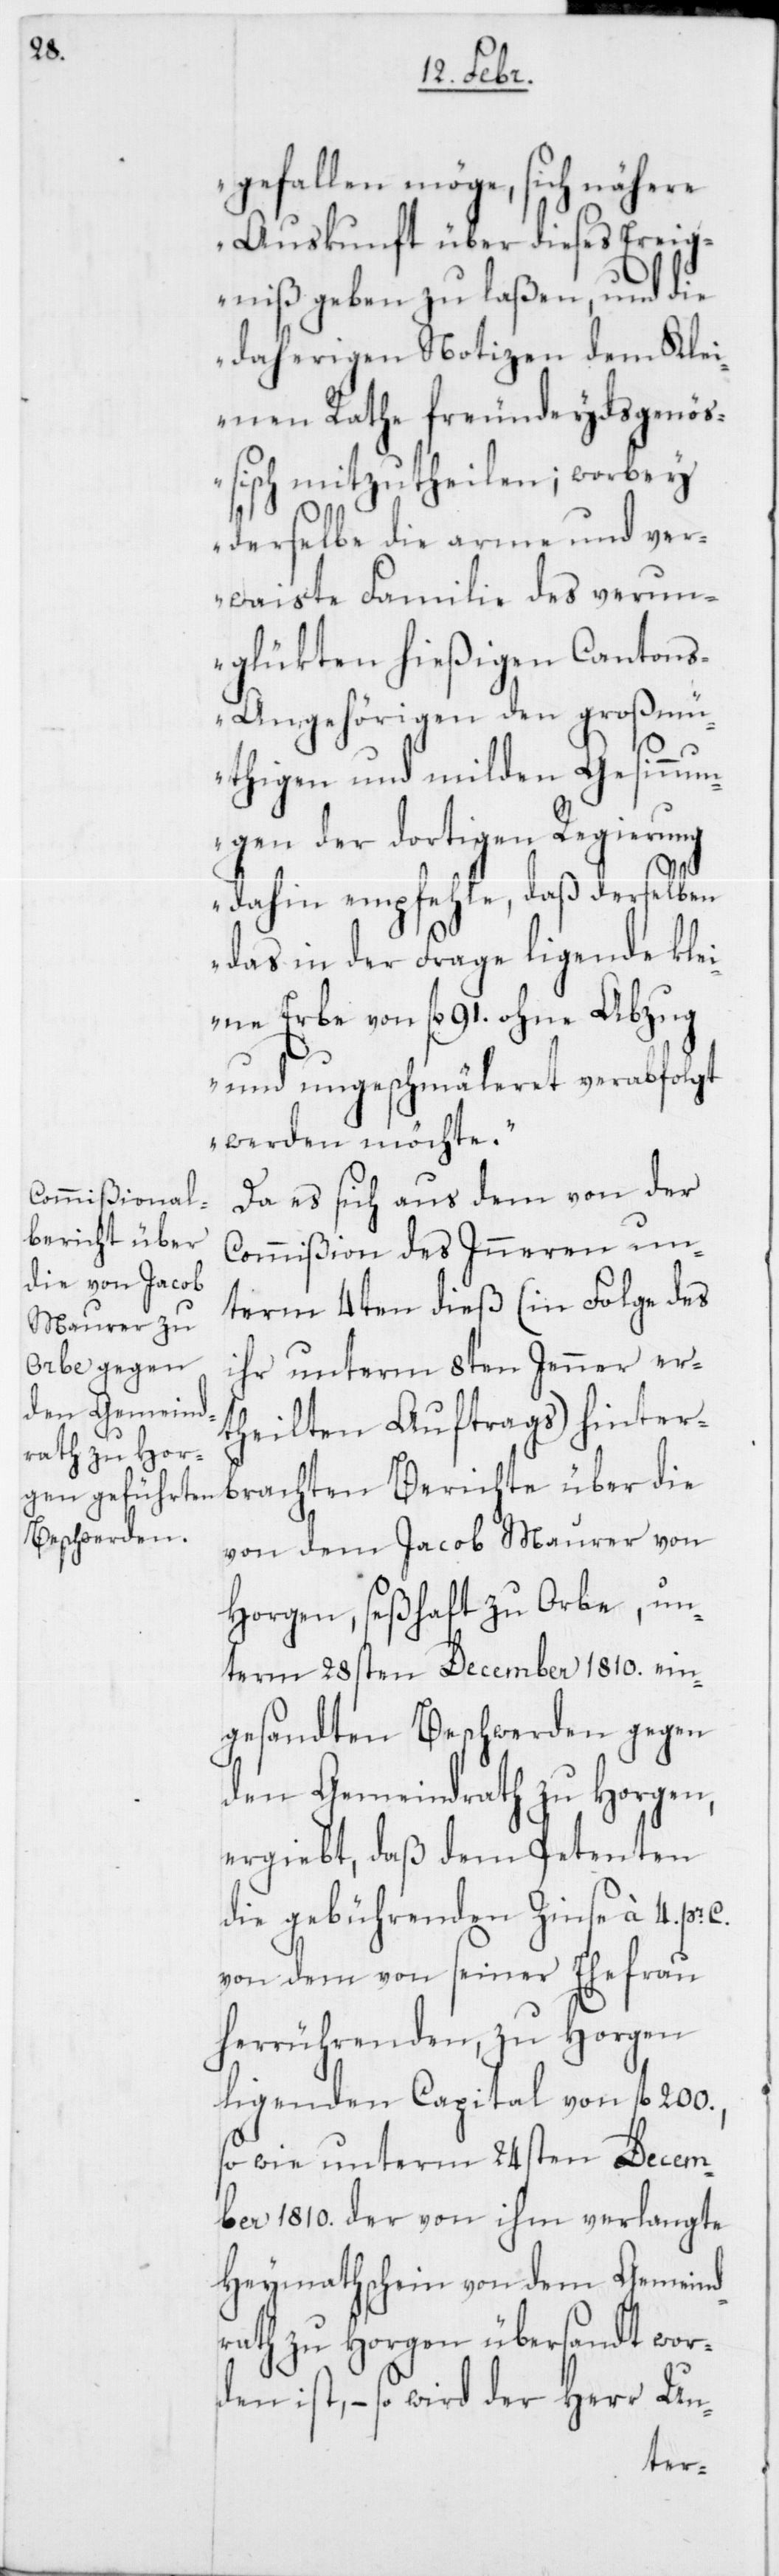
gefallen möge, sich nähere
Auskunft über dieses Ereig¬
niß geben zu laßen, und die
daherigen Notizen dem Klei¬
nen Rathe freundeydsgenöß¬
isch mitzutheilen; worbey
derselbe die arme und ver¬
waiste Familie des verun¬
glükten hießigen Canton¬
s-Angehörigen den großmü¬
thigen und milden Gesinnu¬
ngen der dortigen Regierung
dahin empfehle, daß derselben
das in der Frage ligende kle¬
ine Erbe von fl. 91. ohne Abzug
und ungeschmäleret verabfolgt
werden möchte.“
Da es sich aus dem von der
Commißion des Inneren un¬
term 4ten dieß (in Folge des
ihr unterm 8ten Jenner ert¬
heilten Auftrags) hinter¬
brachten Berichte über die
von dem Jacob Maurer von
Horgen, seßhaft zu Orbe, un¬
term 28sten December 1810. ein¬
gesandten Beschwerden gegen
den Gemeindrath zu Horgen,
ergiebt, daß dem Petenten
die gebührenden Zinse à 4. pr.
von dem von seiner Ehefrau
herrührenden, zu Horgen
ligenden Capital von fl.
sowie unterm 24sten Decem¬
ber 1810. der von ihm verlangte
Heymathschein von dem Gemeind¬
rath zu Horgen übersandt wor¬
den ist, – so wird der Herr Un-